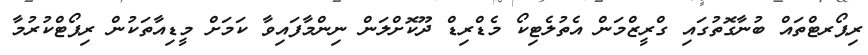
ރިޕޯރޓްތައް ބުނާގޮތުގައި ގްރީޒްމަން އެތުލެޓިކޯ މެޑްރިޑް ދޫކޮށްލަން ނިންމާފައިވާ ކަމަށް މީޑިއާތަކުން ރިޕޯޓްކުރުމާ